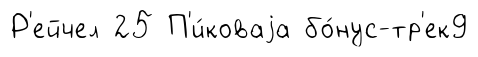
Р'ейчел 25 П'и́коваjа бо́нус-тр'ек9